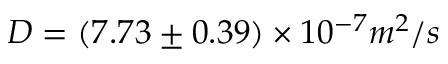
D = ( 7 . 7 3 \pm 0 . 3 9 ) \times 1 0 ^ { - 7 } m ^ { 2 } / s